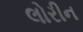
લોરીન